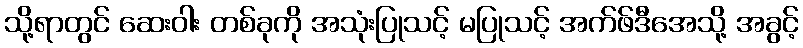
သို့ရာတွင် ဆေးဝါး တစ်ခုကို အသုံးပြုသင့် မပြုသင့် အက်ဖ်ဒီအေသို့ အခွင့်